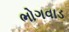
ભોગવાડ